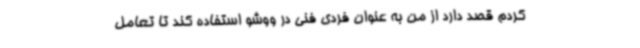
کردم قصد دارد از من به عنوان فردی فنی در ووشو استفاده کند تا تعامل